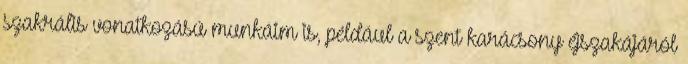
szakrális vonatkozású munkáim is, például a szent karácsony éjszakájáról